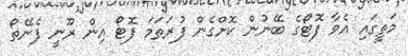
މަތީގައި އެވާ ފޮޓޯގެ ބޭނުން ކޮށްގެން ފުރަތަމަ ފޮޓޯ އިން ރޫނީ ފެނޭތޯ